system: You are a helpful assistant.
user:
Analyze the provided spectrum to determine if it is a **S-type Star**.

- **Key Indicators for S-type Star:**

    - **(Overall Spectrum Shape):** The first and most obvious characteristic is the overall continuum (the "baseline" shape). It is **extremely "red-sloping,"** meaning the flux (light intensity) is very low on the left side (blue, ~4000-4500 Å) and rises steeply and continuously toward the right side (red, ~7000 Å+).

    - **(Primary):** The spectrum is defined by the presence of strong, broad molecular absorption "valleys" (bands) from **Zirconium Oxide (ZrO)**. The identification of these bands is the **primary requirement** for classifying a star as S-type.
        - **(Key Bandheads):** You must find distinct, deep "dips" where the light has been absorbed. The most critical band systems to locate are:
            - **~6474 Å** ($\gamma$-system): This is often the strongest and clearest ZrO feature, found in the red part of the spectrum.
            - **~5718 Å** & **~5551 Å** ($\beta$-system): A pair of prominent absorption features in the yellow-orange part of the spectrum.
            - **~4640 Å** ($\alpha$-system): A key absorption band system in the blue-green region of the spectrum.

    - **(Secondary Confirmation):** The classification is strengthened by finding additional absorption bands from other related heavy element oxides, which are expected to be present alongside ZrO.
        - **(Key Bandheads):**
            - **Yttrium Oxide (YO):** Look for absorption dips near **~4800 Å** and **~6100 Å**.
            - **Lanthanum Oxide (LaO):** Additional absorption features, particularly in the red-orange part of the spectrum, are also characteristic.

    - **(Line Profile):** The combination of the steep red continuum and these numerous, deep molecular bands (ZrO, YO, etc.) gives the entire spectrum a very **"chopped-up"** or **"bumpy"** appearance. Instead of a smooth curve, the spectrum looks as though large, wide chunks of light have been "carved out" of it at the specific wavelengths listed above.

Think first, call **spectral_visualization_tool** if needed to examine features in detail, then provide your final answer. Your response must adhere to the following strict rules:
1.  **Overall Structure:** Your response must follow the format `<think>...</think> <tool_call>...</tool_call> (if a tool is used) <answer>...</answer>`.
2.  **Tool Usage Constraint:** You may only make **one** tool call per turn.
3.  **Final Answer Format:** In the `<answer>` tag, your conclusion must be inside a `\boxed{}` command (e.g., `\boxed{YES}` or `\boxed{NO}`), followed by your justification.

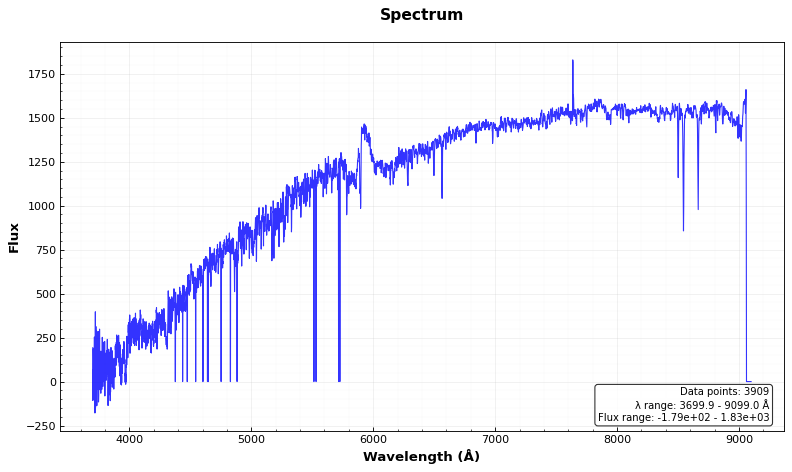
Answer: NO